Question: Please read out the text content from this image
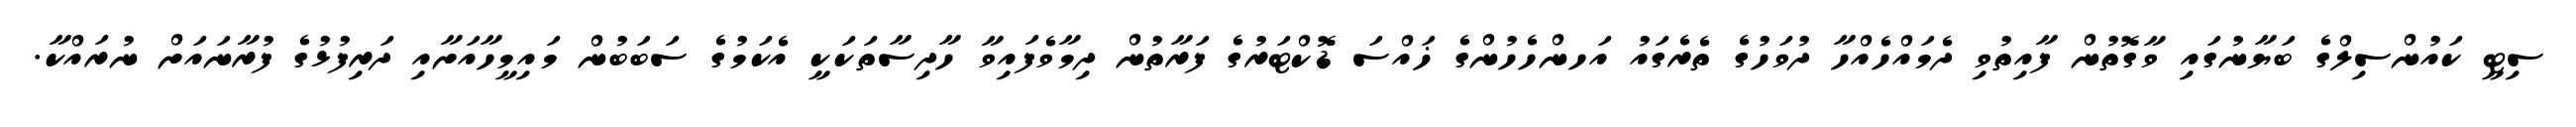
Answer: ސިޓީ ކައުންސިލްގެ ބަޔާނުގައި ވާގޮތުން ފާއިތުވި ދެމައްހެއްހާ ދުވަހުގެ ތެރެގައު އަހންހެހުންގެ ޚައްސަ ޑޮކްޓަރުގެ ފަރާތުން ދިމާވެފައިވާ ހާދިސާތަކަކީ އެކަމުގެ ސަބަބުން މައިމީހާއަށާއި ދަރިފުޅުގެ ފުރާނައަށް ނުރައްކާ.